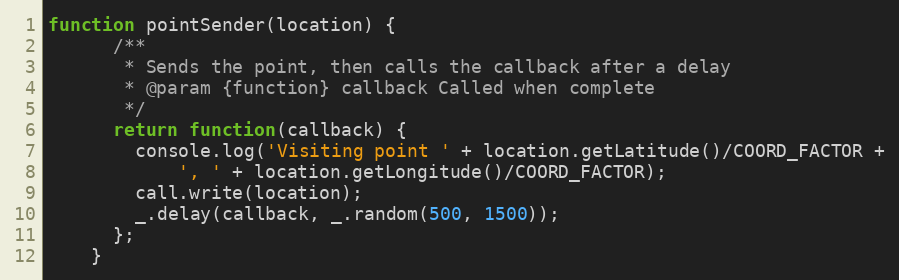
Language: JavaScript
function pointSender(location) {
      /**
       * Sends the point, then calls the callback after a delay
       * @param {function} callback Called when complete
       */
      return function(callback) {
        console.log('Visiting point ' + location.getLatitude()/COORD_FACTOR +
            ', ' + location.getLongitude()/COORD_FACTOR);
        call.write(location);
        _.delay(callback, _.random(500, 1500));
      };
    }